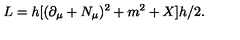
L = h [ ( \partial _ { \mu } + N _ { \mu } ) ^ { 2 } + m ^ { 2 } + X ] h / 2 .